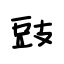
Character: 豉